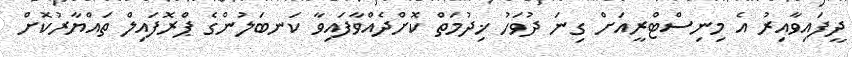
ދީފައިވާއިރު އެ މިނިސްޓްރީއަށް ގިނަ ދުވަހު ޚިދުމަތް ކޮށްދެއްވާފައިވާ ކަނބަލުންގެ ޕްރޮފައިލް ތައްޔާރުކޮށް